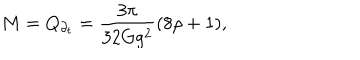
M = Q _ { \partial _ { t } } = \frac { 3 \pi } { 3 2 G g ^ { 2 } } ( 8 \rho + 1 ) ,